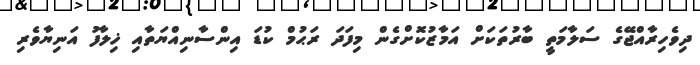
ދިވެހިރާއްޖޭގެ ސަލާމަތީ ބާރުތަކަށް އަމާޒުކޮށްގެން މިފަދަ ރަޙުމް ކުޑަ އިންސާނިއްޔަތާއި ޚިލާފު އަނިޔާވެރި